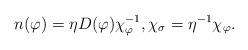
LaTeX: \begin{align*}n(\varphi) = \eta D(\varphi) \chi_{\varphi}^{-1}, \chi_{\sigma} = \eta^{-1} \chi_{\varphi}.\end{align*}